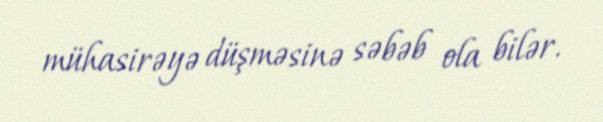
mühasirəyə düşməsinə səbəb ola bilər.